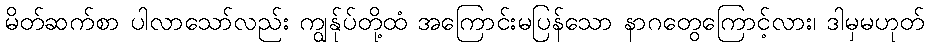
မိတ်ဆက်စာ ပါလာသော်လည်း ကျွန်ုပ်တို့ထံ အကြောင်းမပြန်သော နာဂတွေကြောင့်လား၊ ဒါမှမဟုတ်